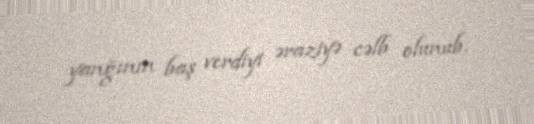
yanğının baş verdiyi əraziyə cəlb olunub.